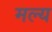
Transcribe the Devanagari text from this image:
मल्य